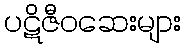
ပဋိဇီဝဆေးများ